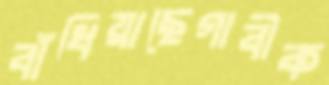
বাঁধিয়াছেগাবীক